Lunatic asylums Punjab 1868-1880 - 1868-1880
Year: 1868
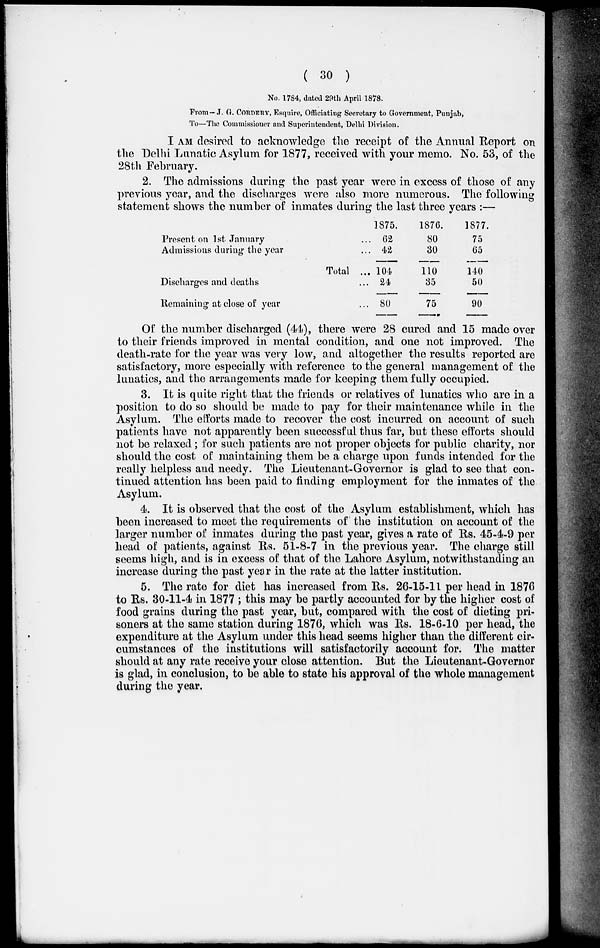
( 30 )
No. 1784, dated 29th April 1878.
From—J. G. CORDERY, Esquire, Officiating Secretary to Government, Punjab,
To—The Commissioner and Superintendent, Delhi Division.
I AM desired to acknowledge the receipt of the Annual Report on
the Delhi Lunatic Asylum for 1877, received with your memo. No. 53, of the
28th February.
2. The admissions during the past year were in excess of those of any
previous year, and the discharges were also more numerous. The following
statement shows the number of inmates during the last three years :—
Present on 1st January...
Admissions during the year...
Total...
Discharges and deaths...
Remaining at close of year...
1875.
62
42
104
24
80
1876.
80
30
110
35
75
1877.
75
65
140
50
90
Of the number discharged (44), there were 28 cured and 15 made over
to their friends improved in mental condition, and one not improved. The
death-rate for the year was very low, and altogether the results reported are
satisfactory, more especially with reference to the general management of the
lunatics, and the arrangements made for keeping them fully occupied.
3. It is quite right that the friends or relatives of lunatics who are in a
position to do so should be made to pay for their maintenance while in the
Asylum. The efforts made to recover the cost incurred on account of such
patients have not apparently been successful thus far, but these efforts should
not be relaxed; for such patients are not proper objects for public charity, nor
should the cost of maintaining them be a charge upon funds intended for the
really helpless and needy. The Lieutenant-Governor is glad to see that con-
tinued attention has been paid to finding employment for the inmates of the
Asylum.
4. It is observed that the cost of the Asylum establishment, which has
been increased to meet the requirements of the institution on account of the
larger number of inmates during the past year, gives a rate of Rs. 45-4-9 per
head of patients, against Rs. 51-8-7 in the previous year. The charge still
seems high, and is in excess of that of the Lahore Asylum, notwithstanding an
increase during the past year in the rate at the latter institution.
5. The rate for diet has increased from Rs. 26-15-11 per head in 1876
to Rs. 30-11-4 in 1877; this may be partly accounted for by the higher cost of
food grains during the past year, but, compared with the cost of dieting pri-
soners at the same station during 1876, which was Rs. 18-6-10 per head, the
expenditure at the Asylum under this head seems higher than the different cir-
cumstances of the institutions will satisfactorily account for. The matter
should at any rate receive your close attention. But the Lieutenant-Governor
is glad, in conclusion, to be able to state his approval of the whole management
during the year.